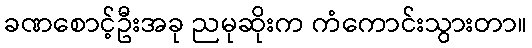
ခဏစောင့်ဦးအခု ညမုဆိုးက ကံကောင်းသွားတာ။